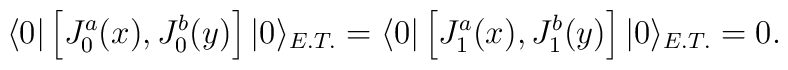
\langle 0|\left[J^{a}_{0}(x),J^{b}_{0}(y)\right]|0\rangle_{E.T.}= \langle0|\left[J^{a}_{1}(x),J^{b}_{1}(y)\right]|0\rangle_{E.T.}=0.